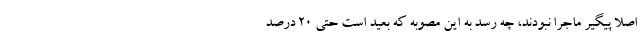
اصلا پیگیر ماجرا نبودند، چه رسد به این مصوبه که بعید است حتی 20 درصد